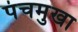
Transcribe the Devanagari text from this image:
पंचमुखा